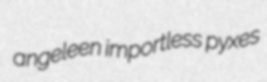
angeleen importless pyxes